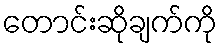
တောင်းဆိုချက်ကို